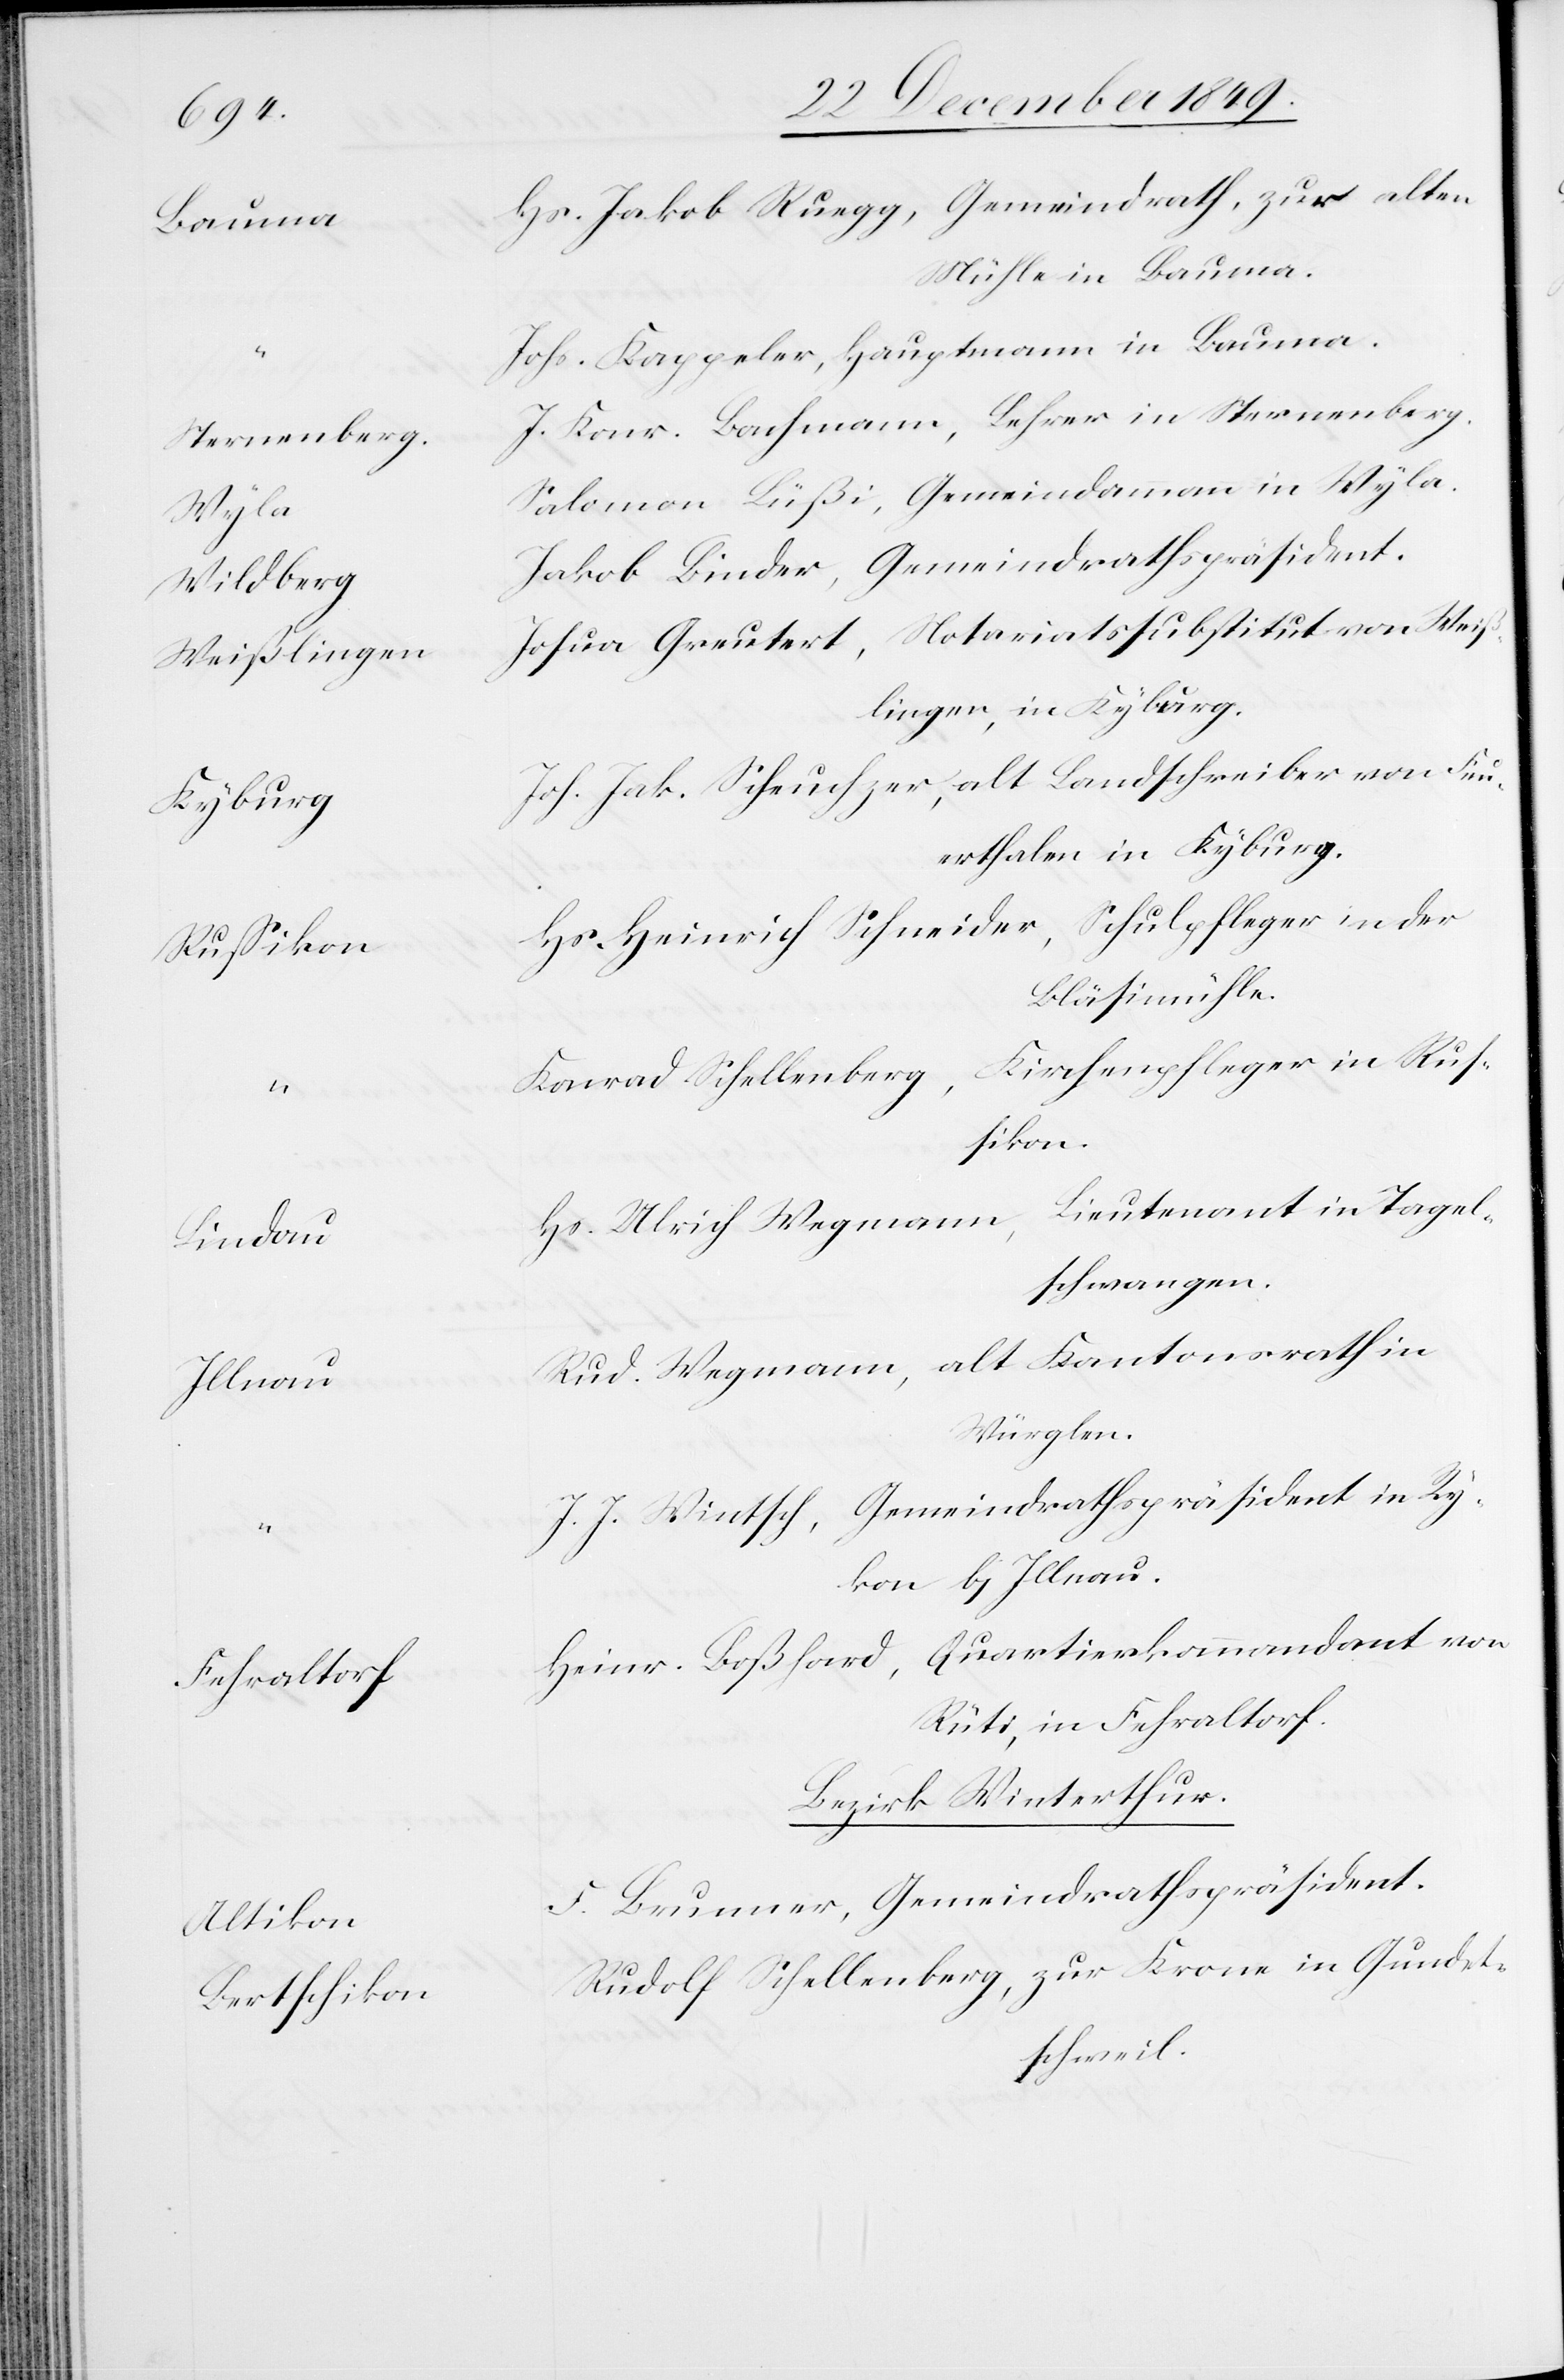
Sternenber¬
Wildberg		J¬
Weißlinge¬
Fehraltor¬
Bertschiko¬

Jakob Ruegg, Gemeindrath, zur alten
Mühle in Bauma.
Kappeler, Hauptmann in Bauma.
g	J. Konr. Bachmann, Lehrer in Sternenberg.
alomon Lüßi, Gemeindammann in Wyla.
akob Binder, Gemeindrathspräsident.
n		Josua Greutert, Notariatssubstitut von Weiß¬
lingen, in Kyburg.
Jak. Scheuchzer, alt Landschreiber von Feu¬
erthalen in Kyburg.
Heinrich Schneider, Schulpfleger in der
Bläsimühle.
Schellenberg, Kirchenpfleger in Rus¬
sikon.
Ulrich Wegmann, Lieutnant in Tagel¬
schwangen.
Wegmann, alt Kantonsrath in
Würglen.
J. Wintsch, Gemeindrathspräsident in Ry¬
kon b. Illnau.
f		Heinr. Boßhard, Quartierskommandant von
Rüti, in Fehraltorf.
Bezirk Winterthur.
Brunner, Gemeindrathspräsident.
n		Rudolf Schellenberg, zur Krone in Gudet¬
schweil.